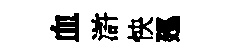
血滸怏廵